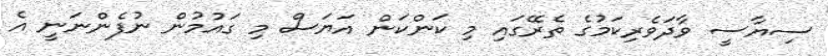
ސިޔާސީ ވާދަވެރިކަމުގެ ތެރޭގައި މި ކަންކަން އަޔަސް މި ގައުމުން ނުފެންނަނީ އެ